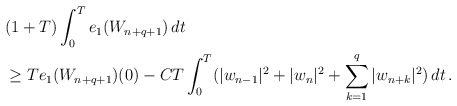
\begin{align*}& (1+T)\int_0^Te_1(W_{n+q+1})\,dt \\ & \ge Te_1(W_{n+q+1})(0) - \displaystyle{CT\int_0^T(|w_{n-1}|^2 +|w_n|^2+\sum_{k=1}^{q} |w_{n+k}|^2)\,dt\,.}\end{align*}